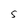
Character: 5